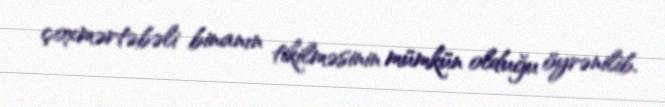
çoxmərtəbəli binanın tikilməsinin mümkün olduğu öyrənilib.